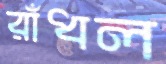
রাঁধল